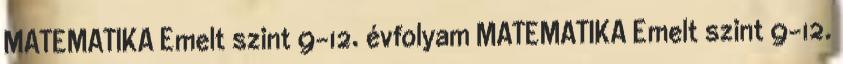
MATEMATIKA Emelt szint 9-12. évfolyam MATEMATIKA Emelt szint 9-12.